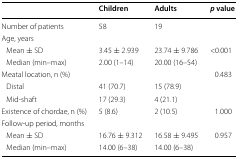
|  | Children | Adults | p value |
 | --- | --- | --- | --- |
 | Number of patients | 58 | 19 |  |
 | <COLSPAN=4> Age, years |
 | Mean ± SD | 3.45 ± 2.939 | 23.74 ± 9.786 | <0.001 |
 | Median (min–max) | 2.00 (1–14) | 20.00 (16–54) |  |
 | Meatal location, n (%) |  |  | 0.483 |
 | Distal | 41 (70.7) | 15 (78.9) |  |
 | Mid-shaft | 17 (29.3) | 4 (21.1) |  |
 | Existence of chordae, n (%) | 5 (8.6) | 2 (10.5) | 1.000 |
 | <COLSPAN=4> Follow-up period, months |
 | Mean ± SD | 16.76 ± 9.312 | 16.58 ± 9.495 | 0.957 |
 | Median (min–max) | 14.00 (6–38) | 14.00 (6–38) |  |